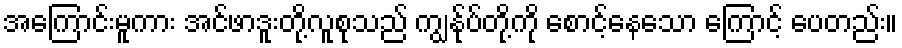
အကြောင်းမူကား အင်ဖာဒူးတို့လူစုသည် ကျွန်ုပ်တို့ကို စောင့်နေသော ကြောင့် ပေတည်း။